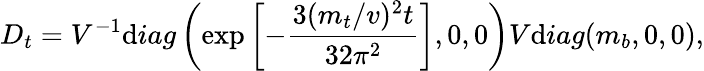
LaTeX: D_{t}=V^{-1}\mathrm{d}iag\left(\exp\left[-\frac{{3(m_{t}/v)^{2}t}}{{32\pi^{2}}}\right],0,0\right)V\mathrm{d}iag(m_{b},0,0),